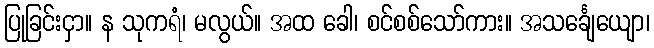
ပြုခြင်းငှာ။ န သုကရံ၊ မလွယ်။ အထ ခေါ၊ စင်စစ်သော်ကား။ အသင်္ချေယျော၊